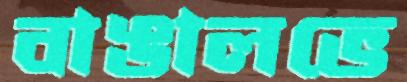
বাঙালভে